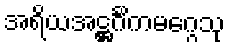
အရိယအဋ္ဌင်္ဂိကမဂ္ဂေသု